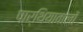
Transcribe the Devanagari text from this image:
पार्थियावालों